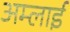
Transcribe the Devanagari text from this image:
अम्लाई